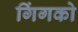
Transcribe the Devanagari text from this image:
गिंगको